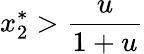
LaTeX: x_{2}^{*}>\frac{u}{1+u}